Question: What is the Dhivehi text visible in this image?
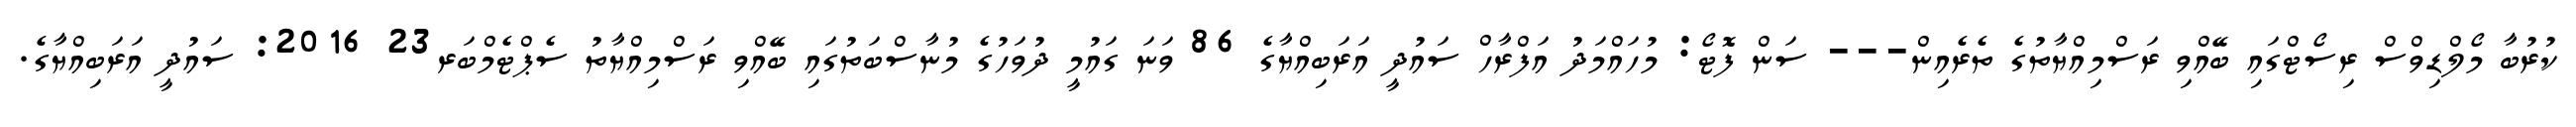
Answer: ކުރުބާ މޯލްޑިވްސް ރިސޯޓްގައި ބޭއްވި ރަސްމިއްޔާތުގެ ތެރެއިން--- ސަން ފޮޓޯ: މުހައްމަދު އަފްރާހް ސައުދީ އަރަބިއްޔާގެ 86 ވަނަ ގައުމީ ދުވަހުގެ މުނާސްބަތުގައި ބޭއްވި ރަސްމިއްޔާތު ސެޕްޓެމްބަރ23 2016: ސައުދީ އަރަބިއްޔާގެ.